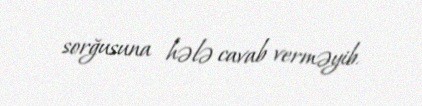
sorğusuna hələ cavab verməyib.